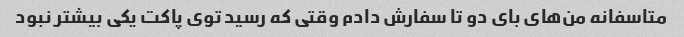
متاسفانه من‌های بای دو تا سفارش دادم وقتی که رسید توی پاکت یکی بیشتر نبود